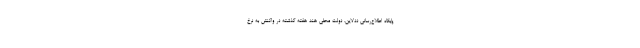
پایگاه اطلاع‌رسانی ددلاین، دولت محلی هند هفته گذشته در واکنش به نرخ